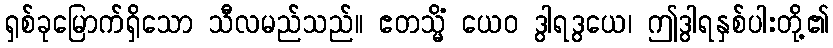
ရှစ်ခုမြောက်ရှိသော သီလမည်သည်။ ဧတသ္မိံ ယေဝ ဒွါရဒွယေ၊ ဤဒွါရနှစ်ပါးတို့၏